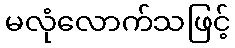
မလုံလောက်သဖြင့်